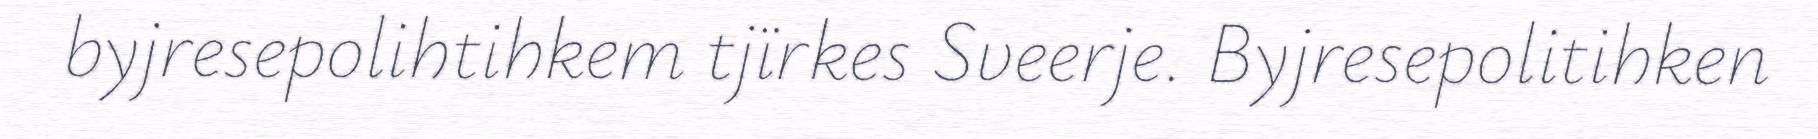
byjresepolihtihkem tjïrkes Sveerje. Byjresepolitihken